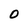
Character: 0